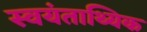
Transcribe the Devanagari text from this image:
स्वयंताथ्यिक